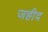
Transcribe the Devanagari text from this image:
जहीद